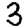
Digit: 3